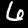
Digit: 6